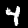
Label: 4